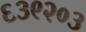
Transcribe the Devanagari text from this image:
६३९२०३